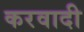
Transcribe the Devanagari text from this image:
करवादी